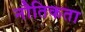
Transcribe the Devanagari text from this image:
नौतिकता